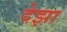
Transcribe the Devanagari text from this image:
देझा